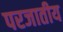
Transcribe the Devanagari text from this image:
परजातीय